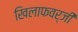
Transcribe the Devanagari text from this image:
खिलाफवर्जी